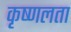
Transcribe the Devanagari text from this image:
कृष्णलता